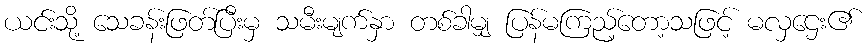
ယင်းသို့ သေခန်းဖြတ်ပြီးမှ သမီးမျက်နှာ တစ်ခါမျှ ပြန်မကြည့်တော့သဖြင့် မလှဌေး၏